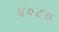
૪૦૮૦